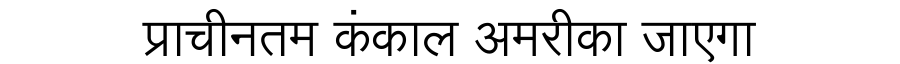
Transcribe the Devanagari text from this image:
प्राचीनतम कंकाल अमरीका जाएगा